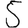
Digit: 5